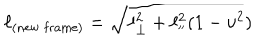
\ell _ { ( \mathrm { n e w \ f r a m e ) } } = \sqrt { \ell _ { \bot } ^ { 2 } + \ell _ { ' ^ { \prime } } ^ { 2 } ( 1 - \upsilon ^ { 2 } ) }